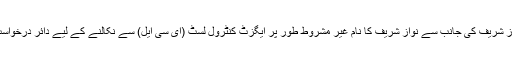
لاہور ہائی کورٹ میں شہباز شریف کی جانب سے نواز شریف کا نام غیر مشروط طور پر ایگزٹ کنٹرول لسٹ (ای سی ایل) سے نکالنے کے لیے دائر درخواست پر سماعت کی گئی تھی۔